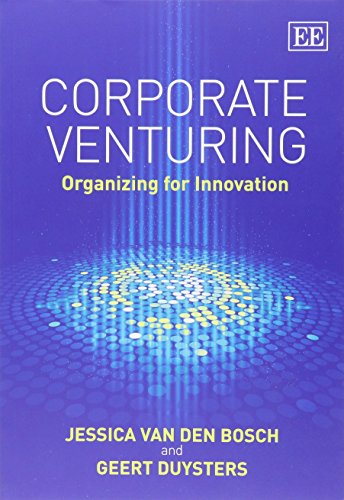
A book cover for Corporate Venturing: Organizing for Innovation; Jessica Van Den Bosch; Business & Money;